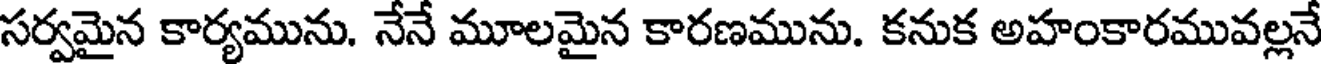
సర్వమైన కార్యమును. నేనే మూలమైన కారణమును. కనుక అహంకారమువల్లనే